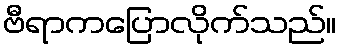
ဗီရာကပြောလိုက်သည်။